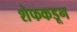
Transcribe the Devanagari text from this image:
शेफकडून